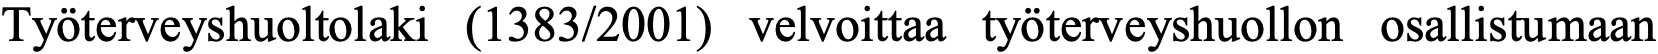
Työterveyshuoltolaki (1383/2001) velvoittaa työterveyshuollon osallistumaan